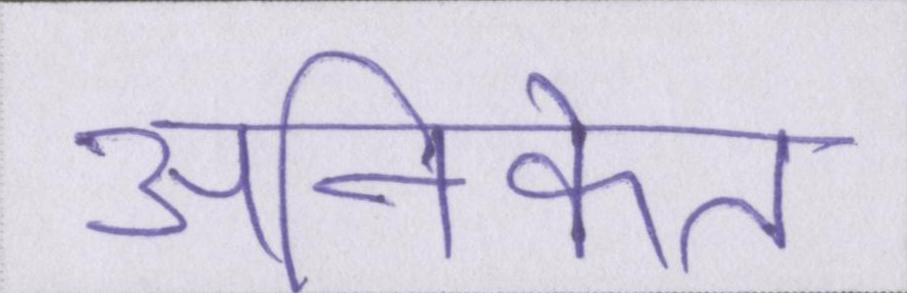
अनिकेत